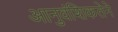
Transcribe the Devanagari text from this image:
आनुवंशिकतेने